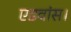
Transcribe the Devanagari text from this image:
एडवांस।